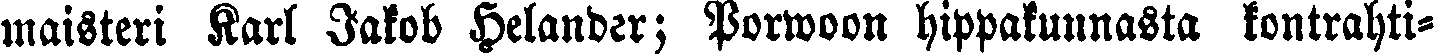
maisteri Karl Jakob Helander; Porwoon hippakunnasta kontrahti-